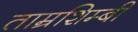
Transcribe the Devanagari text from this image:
ताम्रशिम्बी